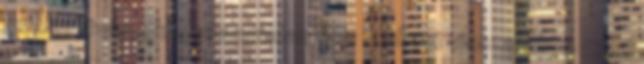
más indítványokhoz hasonlóan nem vonható vissza Abtv. 53. §